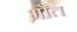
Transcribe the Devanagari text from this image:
भौत